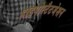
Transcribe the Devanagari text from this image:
हाइपोस्टैटजेशन